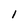
Character: 1